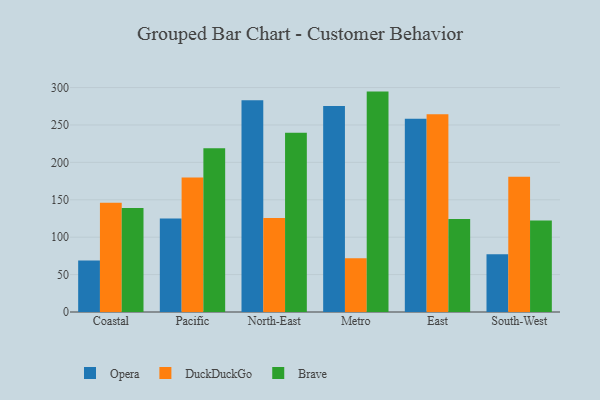
{"axis": {"x": "Region", "y": "Population (Million)"}, "legend": ["Brave", "DuckDuckGo", "Opera"], "data": [{"x": "Coastal", "y": 69.0, "type": "Opera"}, {"x": "Coastal", "y": 145.9, "type": "DuckDuckGo"}, {"x": "Coastal", "y": 139.0, "type": "Brave"}, {"x": "Pacific", "y": 125.0, "type": "Opera"}, {"x": "Pacific", "y": 179.7, "type": "DuckDuckGo"}, {"x": "Pacific", "y": 218.8, "type": "Brave"}, {"x": "North-East", "y": 283.1, "type": "Opera"}, {"x": "North-East", "y": 125.6, "type": "DuckDuckGo"}, {"x": "North-East", "y": 239.6, "type": "Brave"}, {"x": "Metro", "y": 275.5, "type": "Opera"}, {"x": "Metro", "y": 72.0, "type": "DuckDuckGo"}, {"x": "Metro", "y": 294.6, "type": "Brave"}, {"x": "East", "y": 258.4, "type": "Opera"}, {"x": "East", "y": 264.3, "type": "DuckDuckGo"}, {"x": "East", "y": 124.2, "type": "Brave"}, {"x": "South-West", "y": 77.3, "type": "Opera"}, {"x": "South-West", "y": 180.7, "type": "DuckDuckGo"}, {"x": "South-West", "y": 122.2, "type": "Brave"}]}